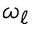
\omega _ { \ell }